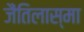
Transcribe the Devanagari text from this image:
जैंतिलास्मा